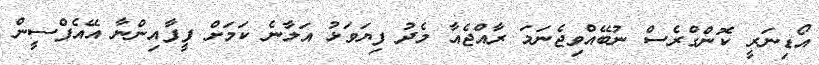
އޯޑިނަރީ ކޮންގްރެސް ނުބޭއްވިޖެނަމަ ރާއްޖެއާ މެދު ފިޔަވަޅު އަލާނެ ކަމަށް ފީފާއިންނާ އޭއެފްސީން